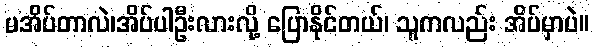
မအိပ်တာလဲ၊အိပ်ပါဦးလားလို့ ပြောနိုင်တယ်၊ သူကလည်း အိပ်မှာပဲ။